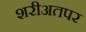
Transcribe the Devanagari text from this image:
शरीअतपर